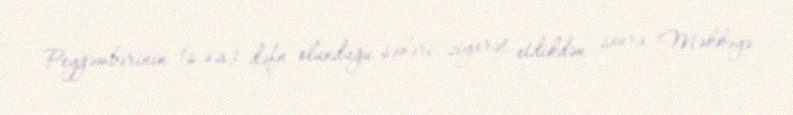
Peyğəmbərinin (s.ə.s) dəfn olunduğu şəhəri ziyarət etdikdən sonra Məkkəyə